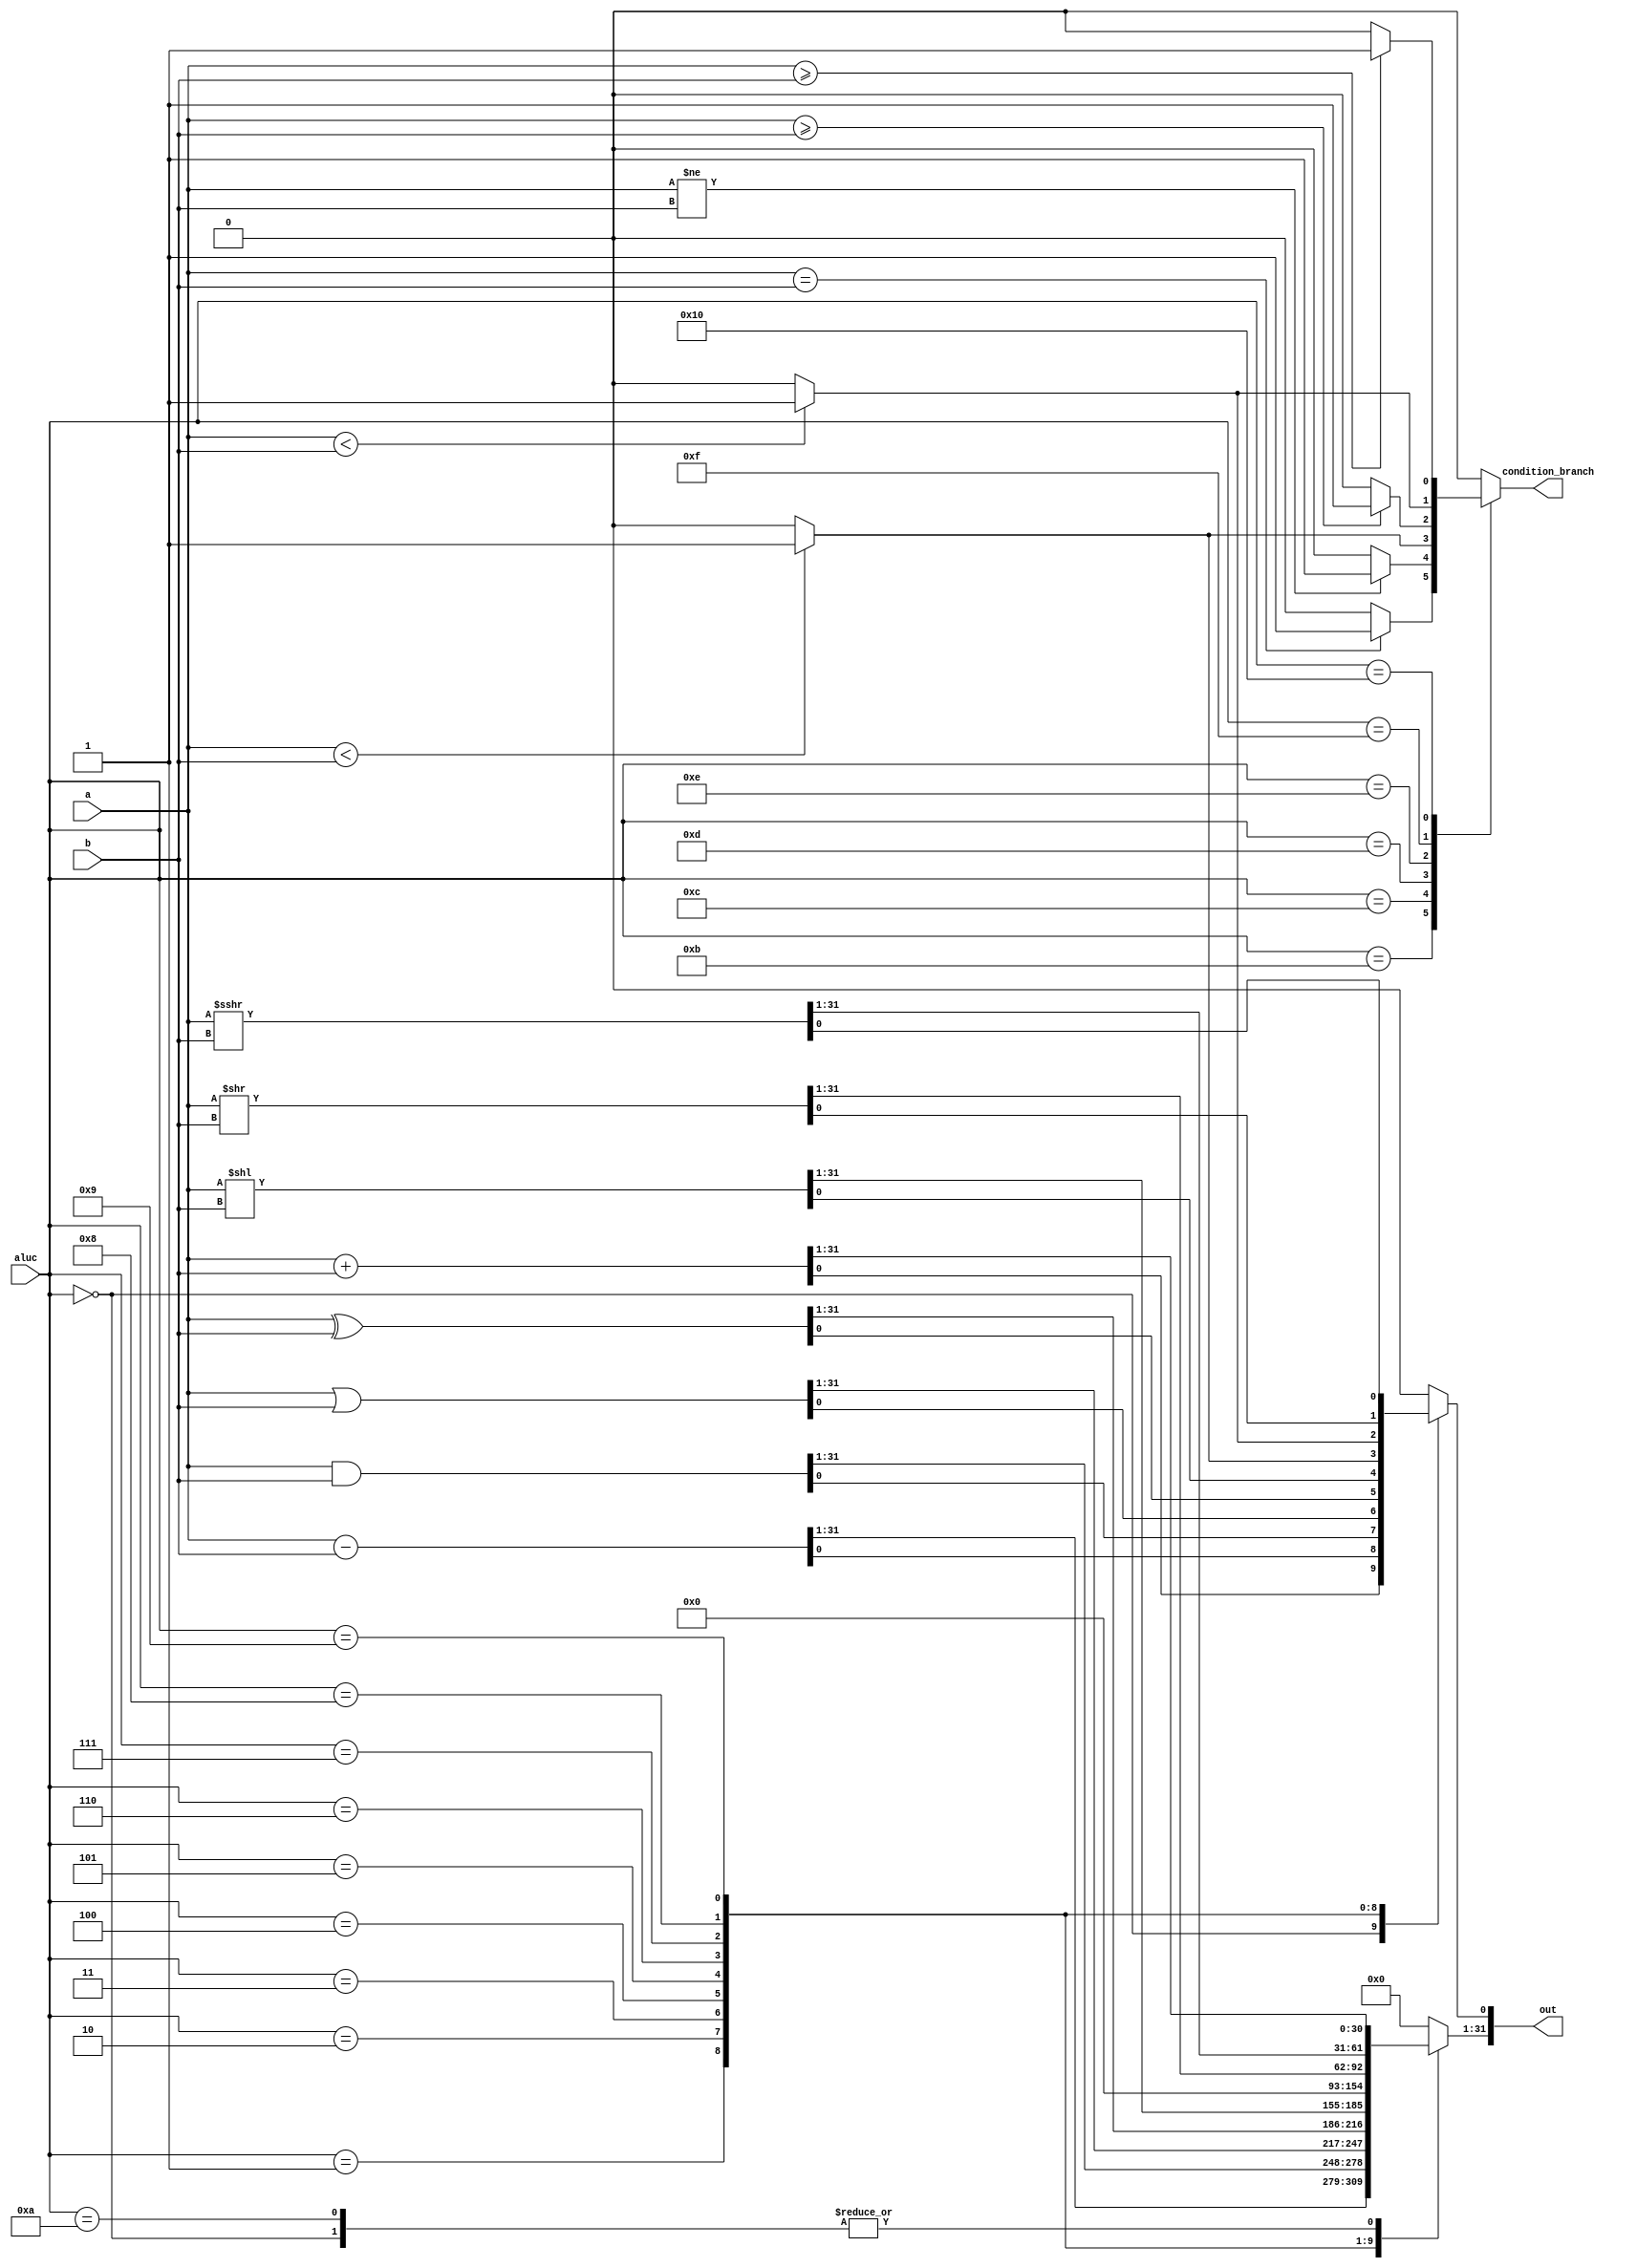
module alu(
    input[4: 0] aluc,
    input [31: 0] a, b,

    output reg [31: 0] out, 
    output reg condition_branch
);

always @(*) begin
    condition_branch = 0;
    out = 32'b0;
    case (aluc)
        5'b00000: out = a + b;
        5'b00001: out = a - b;
        5'b00010: out = a & b;
        5'b00011: out = a | b;
        5'b00100: out = a ^ b;
        5'b00101: out = a << b;
        5'b00110: out = ($signed(a) < ($signed(b))) ? 32'b1 : 32'b0;
        5'b00111: out = (a < b) ? 32'b1 : 32'b0;
        5'b01000: out = a >> b;
        5'b01001: out = ($signed(a)) >>> b;
        5'b01010: begin 
            out = a + b;
            out[0] = 1'b0;
        end
        5'b01011: condition_branch = (a == b) ? 1'b1 : 1'b0;
        5'b01100: condition_branch = (a != b) ? 1'b1 : 1'b0;
        5'b01101: condition_branch = ($signed(a) < $signed(b)) ? 1'b1 : 1'b0;
        5'b01110: condition_branch = ($signed(a) >= $signed(b)) ? 1'b1 : 1'b0;
        5'b01111: condition_branch = (a < b) ? 1'b1: 1'b0;
        5'b10000: condition_branch = (a >= b) ? 1'b1: 1'b0;
        default: out = 32'b0;
    endcase
end

endmodule